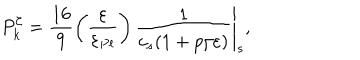
LaTeX: P _ { k } ^ { \zeta } = \frac { 1 6 } { 9 } \left. \left( \frac { \varepsilon } { \varepsilon _ { P l } } \right) { \frac { 1 } { c _ { s } ( 1 + p / \varepsilon ) } } \right| _ { s } ,